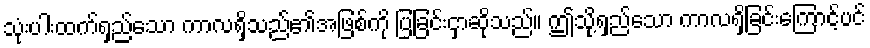
သုံးပါးထက်ရှည်သော ကာလရှိသည်၏အဖြစ်ကို ပြခြင်းငှာဆိုသည်။ ဤသို့ရှည်သော ကာလရှိခြင်းကြောင့်ပင်